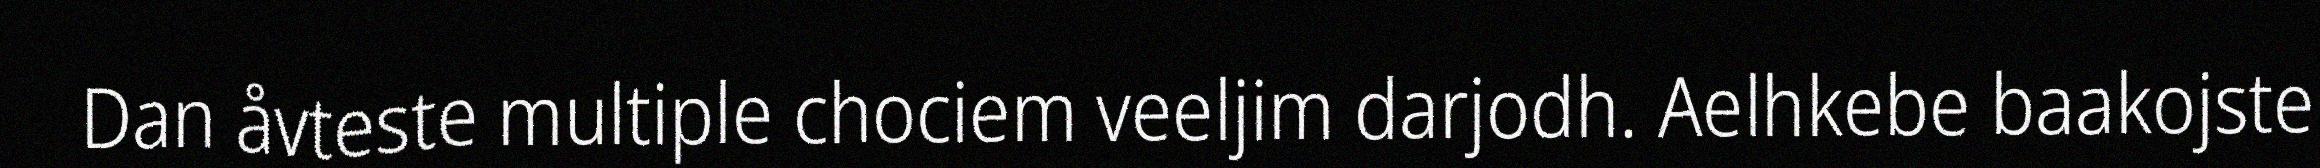
Dan åvteste multiple chociem veeljim darjodh. Aelhkebe baakojste